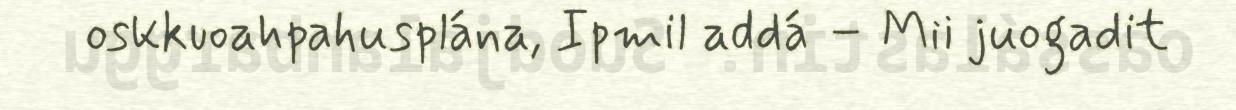
oskkuoahpahusplána, Ipmil addá – Mii juogadit